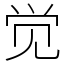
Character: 觉